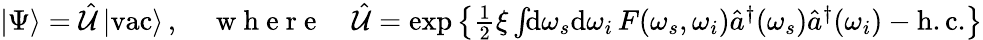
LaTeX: \begin{array}{r}{|\Psi\rangle=\hat{\mathcal{U}}\, |\mathrm{vac}\rangle\, ,\quad\mathrm{~w~h~e~r~e~}\quad\hat{\mathcal{U}}=\exp\left\{ \frac{1}{2}\xi\int\! \! \mathrm{d}\omega_{s}\mathrm{d}\omega_{i}\, F(\omega_{s},\omega_{i})\hat{a}^{\dagger}(\omega_{s})\hat{a}^{\dagger}(\omega_{i})-\mathrm{h.c.}\right\} }\end{array}